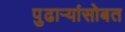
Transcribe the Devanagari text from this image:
पुढाऱ्यांसोबत